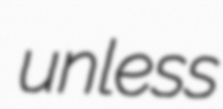
unless